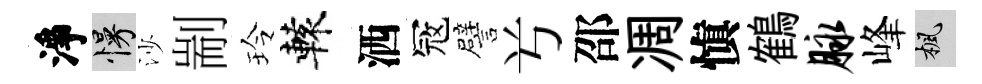
淨慢沙剬玲轅洒冦譬𠔃邵凋愼鶴脉峰楓